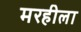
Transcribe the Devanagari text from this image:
मरहीला